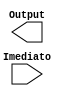
module ShiftLeft2(Imediato,Output);
	input[31:0] Imediato;
	output reg[31:0] Output;
endmodule